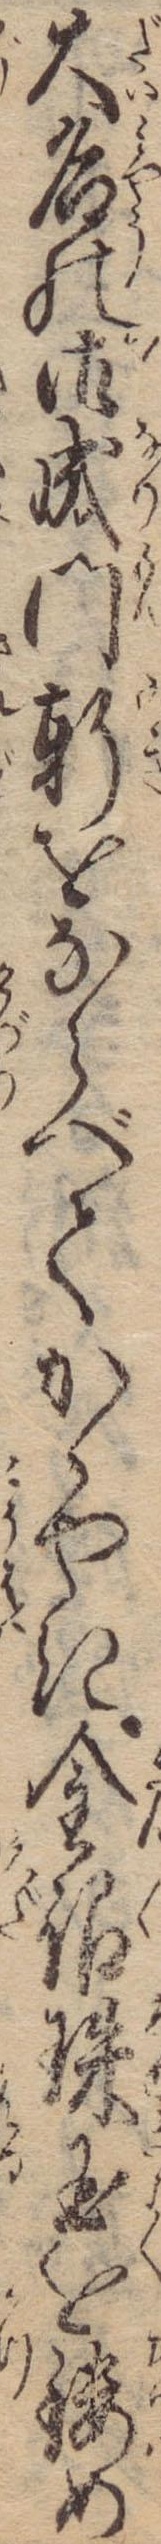
大名の御成門軒をならべてかゝやき金銀珠玉を鏤め